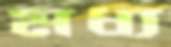
মধ্য